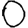
Digit: 0